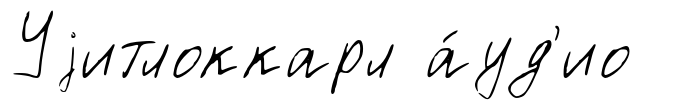
Уjитлоккарл а́уд'ио